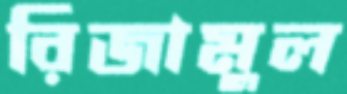
রিজামুল